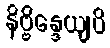
နိဗ္ဗိန္ဒေယျပိ